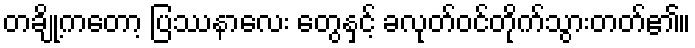
တချို့ကတော့ ပြဿနာလေး တွေနှင့် ခလုတ်ဝင်တိုက်သွားတတ်၏။